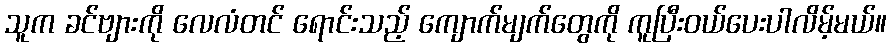
သူက ခင်ဗျားကို လေလံတင် ရောင်းသည့် ကျောက်မျက်တွေကို ကူပြီးဝယ်ပေးပါလိမ့်မယ်။